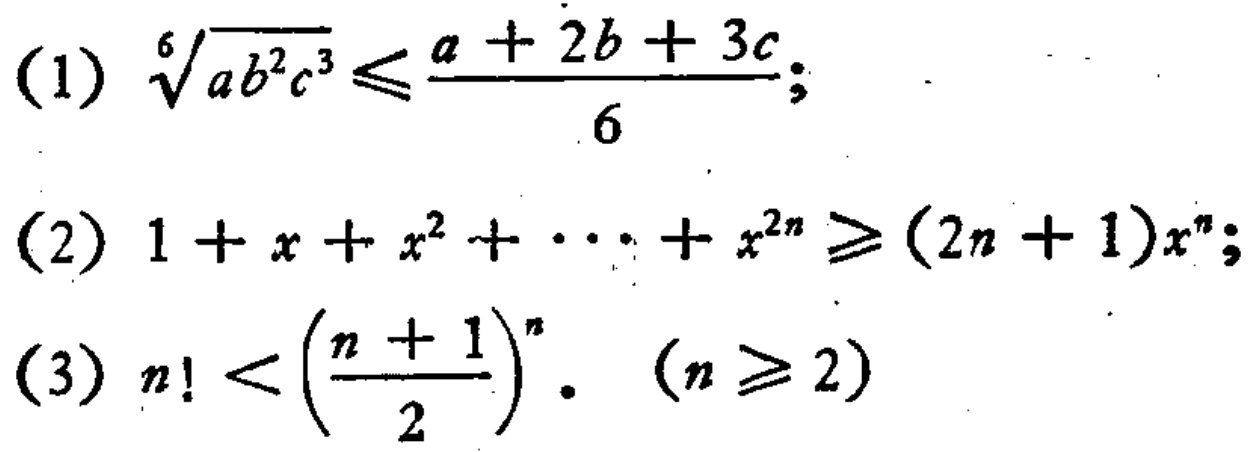
(1) \(\sqrt[6]{ab^{2}c^{3}}\leqslant\frac{a + 2b + 3c}{6}\);
(2) \(1 + x + x^{2}+\cdots+x^{2n}\geqslant(2n + 1)x^{n}\);
(3) \(n! < \left(\frac{n + 1}{2}\right)^{n}\). \((n\geqslant2)\)